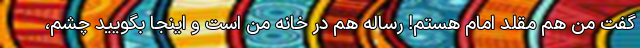
گفت من هم مقلد امام هستم! رساله هم در خانه من است و اینجا بگویید چشم،‌